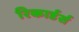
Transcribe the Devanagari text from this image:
रिकार्डर्स